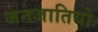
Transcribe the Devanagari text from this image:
जनजातियो